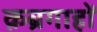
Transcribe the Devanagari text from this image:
क़ब्रगाहों